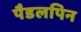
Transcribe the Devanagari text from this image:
पैडलपिन